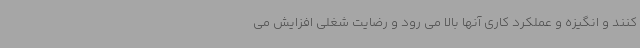
کنند و انگیزه و عملکرد کاری آنها بالا می رود و رضایت شغلی افزایش می